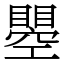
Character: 瞾